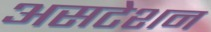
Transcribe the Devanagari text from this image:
असटेशन